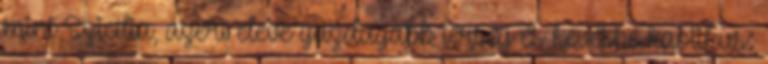
mint Szicília, azért eleve gazdagabb térség és kevésbé kaotikus: